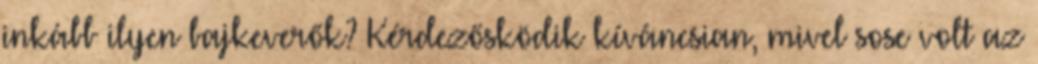
inkább ilyen bajkeverők? Kérdezősködik kíváncsian, mivel sose volt az